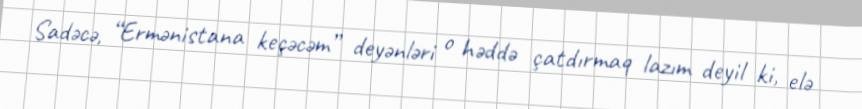
Sadəcə, “Ermənistana keçəcəm” deyənləri o həddə çatdırmaq lazım deyil ki, elə